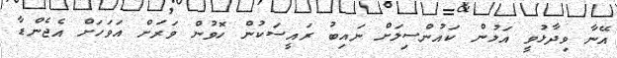
އޭނާ ވިދާޅުވީ އަލުން ކައުންސިލަށް ނައިބު ރައީސަކުން ހޮވުން ވަރަށް އަވަހަށް އެޖެންޑާ